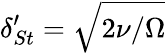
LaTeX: \delta_{St}^{\prime}=\sqrt{2\nu/\Omega}